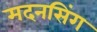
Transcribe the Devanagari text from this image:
मदनसिंग